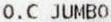
O.C JUMBO